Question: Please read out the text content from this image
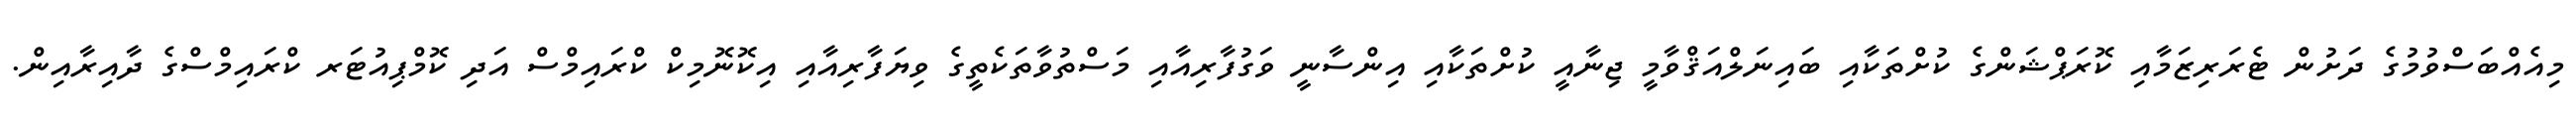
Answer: މިއެއްބަސްވުމުގެ ދަށުން ޓެރަރިޒަމާއި ކޮރަޕްޝަންގެ ކުށްތަކާއި ބައިނަލްއަޤްވާމީ ޖިނާއީ ކުށްތަކާއި އިންސާނީ ވަގުފާރިއާއި މަސްތުވާތަކެތީގެ ވިޔަފާރިއާއި އިކޮނޮމިކް ކްރައިމްސް އަދި ކޮމްޕިއުޓަރ ކްރައިމްސްގެ ދާއިރާއިން.